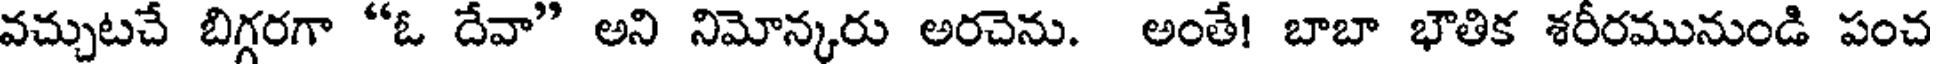
వచ్చుటచే బిగ్గరగా "ఓ దేవా" అని నిమోన్కరు అరచెను. అంతే! బాబా భౌతిక శరీరమునుండి పంచ